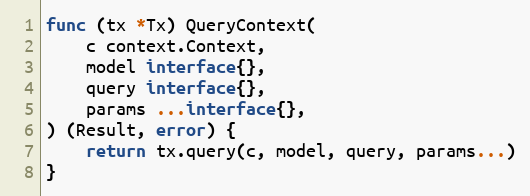
Language: Go
func (tx *Tx) QueryContext(
	c context.Context,
	model interface{},
	query interface{},
	params ...interface{},
) (Result, error) {
	return tx.query(c, model, query, params...)
}